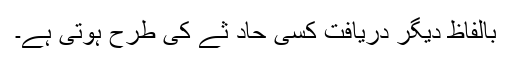
بالفاظ دیگر دریافت کسی حاد ثے کی طرح ہوتی ہے۔